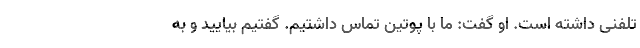
تلفنی داشته است. او گفت: ما با پوتین تماس داشتیم. گفتیم بیایید و به